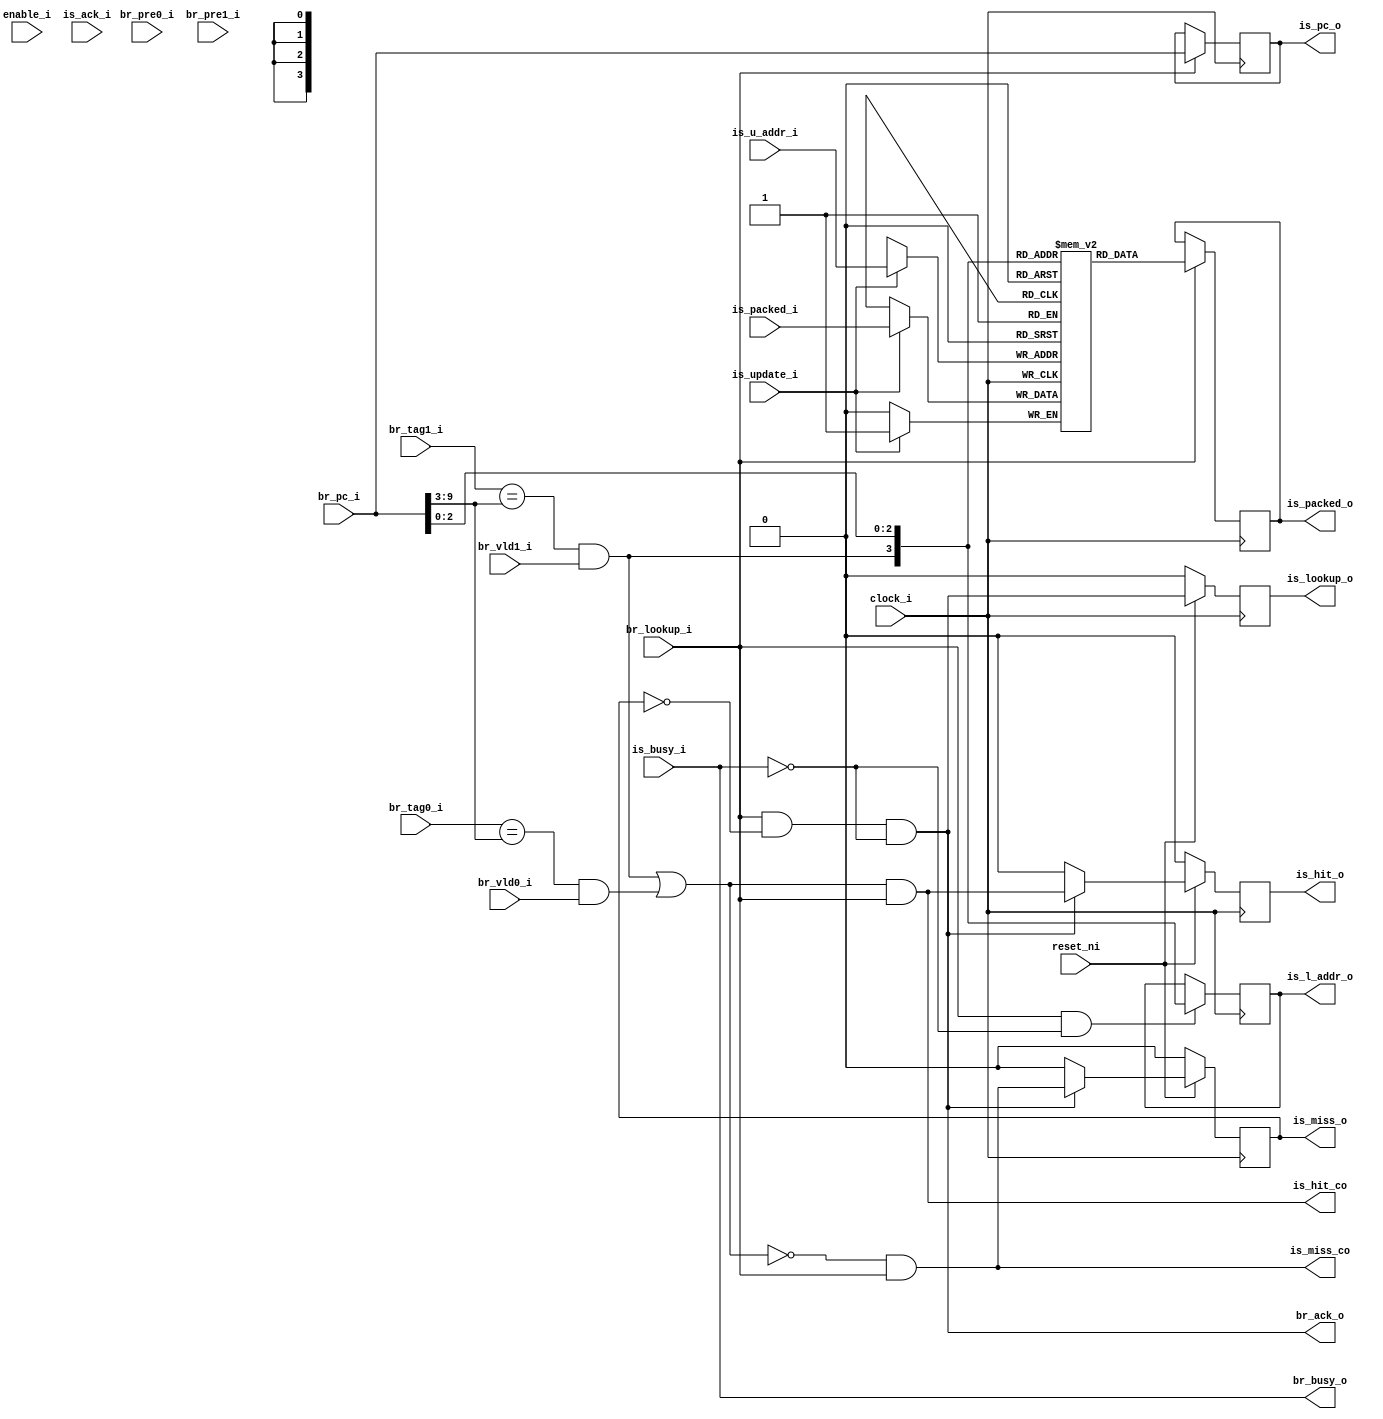
/***************************************************************************
 *                                                                         *
 *   th_first.v - First pipeline stage, a cache hit/miss calculation.      *
 *                                                                         *
 *   Copyright (C) 2008 by Patrick Suggate                                 *
 *   patrick@physics.otago.ac.nz                                           *
 *                                                                         *
 *   This program is free software; you can redistribute it and/or modify  *
 *   it under the terms of the GNU General Public License as published by  *
 *   the Free Software Foundation; either version 2 of the License, or     *
 *   (at your option) any later version.                                   *
 *                                                                         *
 *   This program is distributed in the hope that it will be useful,       *
 *   but WITHOUT ANY WARRANTY; without even the implied warranty of        *
 *   MERCHANTABILITY or FITNESS FOR A PARTICULAR PURPOSE.  See the         *
 *   GNU General Public License for more details.                          *
 *                                                                         *
 *   You should have received a copy of the GNU General Public License     *
 *   along with this program; if not, write to the                         *
 *   Free Software Foundation, Inc.,                                       *
 *   59 Temple Place - Suite 330, Boston, MA  02111-1307, USA.             *
 ***************************************************************************/

`define	__debug
`timescale 1ns/100ps
module th_first (
	clock_i,
	reset_ni,
	enable_i,
	
	br_lookup_i,
	br_pc_i,
	br_ack_o,
	br_busy_o,
	br_vld0_i,
	br_tag0_i,
	br_pre0_i,
	br_vld1_i,
	br_tag1_i,
	br_pre1_i,
/*	br_update_o,
	br_newtag_o,
	br_lru_no,
	br_bank_o,
	*/
	// The second stage is called Instruction fetch Second like the
	// MIPS-R04K, hence the `is' prefix.
	is_lookup_o,
	is_ack_i,
	is_l_addr_o,
	is_packed_o,
	is_busy_i,
	is_pc_o,
	is_hit_o,
	is_miss_o,
	is_hit_co,	// These two have large combinatorial components
	is_miss_co,
	is_update_i,
	is_u_addr_i,
	is_packed_i
);

parameter	ADDRESS		= 10;
parameter	MEMSIZE		= 16;
parameter	MEMSIZELOG2	= 4;
parameter	BANKSLOG2	= 1;

parameter	ASB	= ADDRESS - 1;
parameter	TSB	= ADDRESS - 4;
parameter	LSB	= MEMSIZELOG2 - 1;
parameter	BSB	= BANKSLOG2 - 1;

input		clock_i;
input		reset_ni;
input		enable_i;

input		br_lookup_i;
input	[ASB:0]	br_pc_i;
output		br_ack_o;
output		br_busy_o;
input		br_vld0_i;
input	[TSB:0]	br_tag0_i;
input		br_pre0_i;	// TODO
input		br_vld1_i;
input	[TSB:0]	br_tag1_i;
input		br_pre1_i;	// TODO
/*
output		br_update_o;
output	[TSB:0]	br_newtag_o;
output		br_lru_no;
output	[BSB:0]	br_bank_o;
*/

output		is_lookup_o;	// Lookup path
input		is_ack_i;
output	[LSB:0]	is_l_addr_o;
output		is_packed_o;
input		is_busy_i;	// TODO
output	[ASB:0]	is_pc_o;
output		is_hit_o;
output		is_miss_o;
output		is_hit_co;
output		is_miss_co;
input		is_update_i;	// Update path
input	[LSB:0]	is_u_addr_i;
input		is_packed_i;


reg	packs	[MEMSIZE-1:0];

reg		is_lookup_o	= 0;
reg	[LSB:0]	is_l_addr_o	= 0;
reg		is_packed_o	= 0;
reg		is_hit_o	= 0;
reg		is_miss_o	= 0;
reg	[ASB:0]	is_pc_o		= 0;

wire	[TSB:0]	taddr	= br_pc_i [ASB:2+BANKSLOG2];
wire	[LSB:0]	l_addr_w;
wire	hit_w, miss_w, m1, m0;
wire	packed_w;


assign	#2 br_ack_o	= br_lookup_i && !is_miss_o && !is_busy_i;	// TODO
assign	br_busy_o	= is_busy_i;

assign	is_hit_co	= hit_w;
assign	is_miss_co	= miss_w;

assign	#2 m0	= (br_tag0_i == br_pc_i [ASB:3]) && br_vld0_i;
assign	#2 m1	= (br_tag1_i == br_pc_i [ASB:3]) && br_vld1_i;

assign	#2 hit_w	=  (m1 || m0) && br_lookup_i;
assign	#2 miss_w	= !(m1 || m0) && br_lookup_i;

assign	l_addr_w	= {m1, br_pc_i [1+BANKSLOG2:0]};
assign	packed_w	= packs [l_addr_w];


always @(posedge clock_i)
	if (!reset_ni)	is_lookup_o	<= #2 0;
	else		is_lookup_o	<= #2 br_ack_o;
/*	else if (br_lookup_i && !is_busy_i)	is_lookup_o	<= #2 1;
	else if (!br_lookup_i && is_ack_i)	is_lookup_o	<= #2 0;
*/

always @(posedge clock_i)
	if (br_lookup_i)	is_pc_o	<= #2 br_pc_i;

always @(posedge clock_i)
	if (br_lookup_i)	is_packed_o	<= #2 packed_w;

always @(posedge clock_i)
	if (br_lookup_i && !is_busy_i)	is_l_addr_o	<= #2 l_addr_w;

always @(posedge clock_i)
	if (!reset_ni)	{is_miss_o, is_hit_o}	<= #2 0;
// 	else if (br_lookup_i) begin
	else if (br_ack_o) begin
		is_hit_o	<= #2 hit_w;
		is_miss_o	<= #2 miss_w;
	end else
		{is_miss_o, is_hit_o}	<= #2 0;


// Update the packed instruction flags memory.
always @(posedge clock_i)
	if (is_update_i)	packs [is_u_addr_i]	<= #2 is_packed_i;


endmodule	// th_first